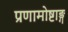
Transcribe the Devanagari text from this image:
प्रणामोष्टाङ्ग